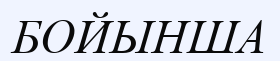
БОЙЫНША